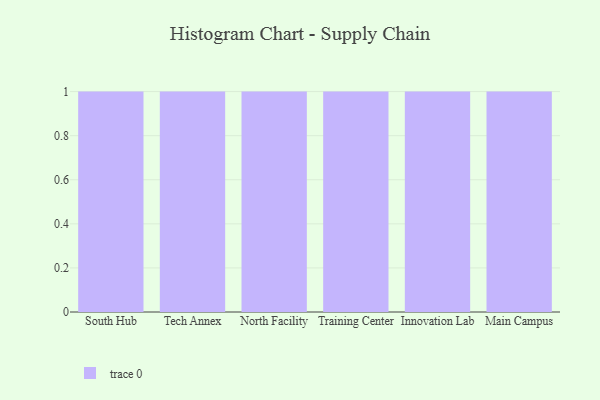
{"axis": {"x": "Campus", "y": "Budget (USD K)"}, "legend": [""], "data": [{"x": "South Hub", "y": 75, "type": ""}, {"x": "Tech Annex", "y": 55, "type": ""}, {"x": "North Facility", "y": 61, "type": ""}, {"x": "Training Center", "y": 31, "type": ""}, {"x": "Innovation Lab", "y": 79, "type": ""}, {"x": "Main Campus", "y": 22, "type": ""}]}